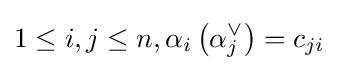
1\leq i,j\leq n,\alpha _{i}\left(\alpha _{j}^{\vee }\right)=c_{ji}